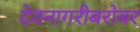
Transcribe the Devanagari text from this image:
देवनागरीबरोबर